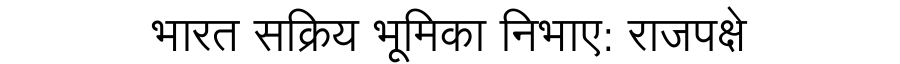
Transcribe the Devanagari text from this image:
भारत सक्रिय भूमिका निभाए: राजपक्षे